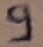
Text: 9